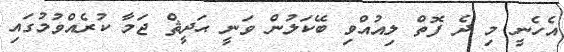
އެހެނީ މި ދެ ފޮތް ލިއުއްވި ބޭކަލުން ވަނީ ޙަދީޘް ޖަމާ ކުރެއްވުމުގައި